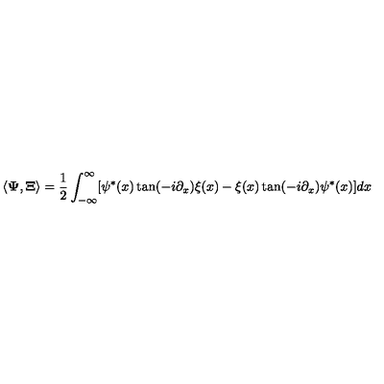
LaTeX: \langle { \bf \Psi } , { \bf \Xi } \rangle = \frac 1 2 \int _ { - \infty } ^ { \infty } [ \psi ^ { * } ( x ) \tan ( - i \partial _ { x } ) \xi ( x ) - \xi ( x ) \tan ( - i \partial _ { x } ) \psi ^ { * } ( x ) ] d x